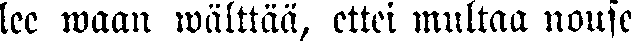
lee waan wälttää, ettei multaa nouse